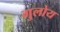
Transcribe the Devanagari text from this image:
गुलोय